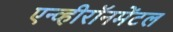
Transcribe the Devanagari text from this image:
एन्व्हीरॉनमेंटल